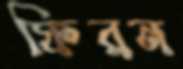
ফিরন